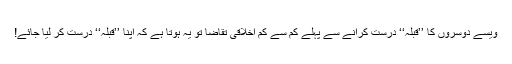
ویسے دوسروں کا ’’قبلہ‘‘ درست کرانے سے پہلے کم سے کم اخلاقی تقاضا تو یہ ہوتا ہے کہ اپنا ’’قبلہ‘‘ درست کر لیا جائے!